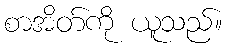
စာအိတ်ကို ယူသည်။